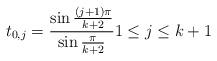
LaTeX: \begin{align*}t_{0,j}= \frac{\sin\frac{(j+1)\pi}{k+2}}{\sin\frac{\pi}{k+2}} 1\le j \le k+1 \end{align*}